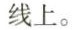
线上。